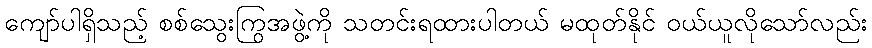
ကျော်ပါရှိသည့် စစ်သွေးကြွအဖွဲ့ကို သတင်းရထားပါတယ် မထုတ်နိုင် ဝယ်ယူလိုသော်လည်း